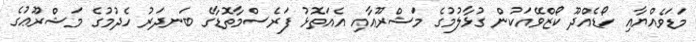
މަޑަވެއްޔާއި ހޯޑެއްދޫ ކޯޒްވޭއަކުން ގުޅާލުމުގެ މަޝްރޫޢާއި އެއަތޮޅު ފަރެސްމާތޮޑާގެ ބަނދަރު ހެދުމުގެ މަޝްރޫޢުގެ